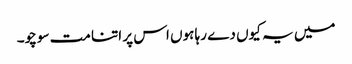
میں یہ کیوں دے رہا ہوں اس پر اتنا مت سوچو۔